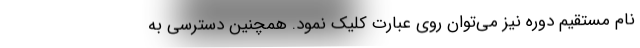
نام مستقیم دوره نیز می‌توان روی عبارت کلیک نمود. همچنین دسترسی به